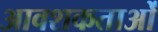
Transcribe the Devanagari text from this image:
आवशकताओं